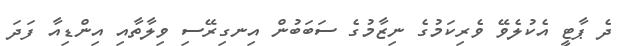
ދެ ޕާޓީ އެކުލެވޭ ވެރިކަމުގެ ނިޒާމުގެ ސަބަބުން އިނގިރޭސި ވިލާތާއި އިންޑިއާ ފަދަ